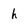
Character: h